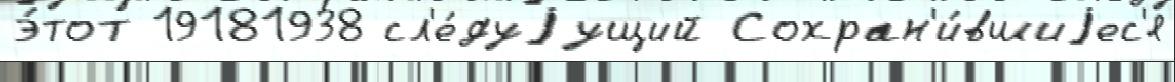
э́тот 19181938 сл'е́дуjущий Сохран'и́вшиjес'я